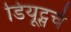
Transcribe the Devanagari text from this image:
डियूट्सचे